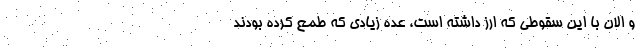
و الان با این سقوطی که ارز داشته است، عده زیادی که طمع کرده بودند